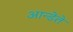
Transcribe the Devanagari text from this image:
आन्डेते